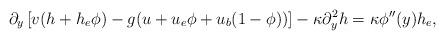
LaTeX: \begin{align*}\partial_y \left[v(h+h_e\phi)-g(u+u_e\phi+u_b(1-\phi))\right]-\kappa \partial_y^2 h=\kappa \phi''(y)h_e,\end{align*}